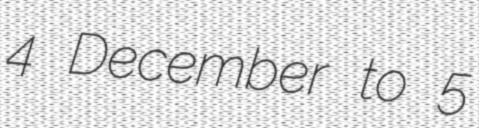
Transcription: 4 December to 5